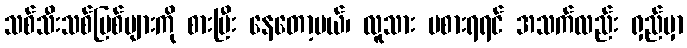
သစ်သီးသစ်မြစ်များကို စားပြီး နေတော့မယ်၊ လူသား မစားရရင် အသက်လည်း ရှည်မှာ